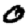
Digit: 0